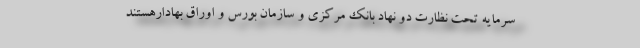
سرمایه تحت نظارت دو نهاد بانک مرکزی و سازمان بورس و اوراق بهادارهستند